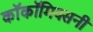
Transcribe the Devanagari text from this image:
काॅकॉमिक्सनी